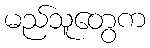
မည်သူတွေက